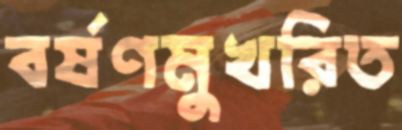
বর্ষণমুখরিত